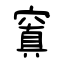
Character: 窴